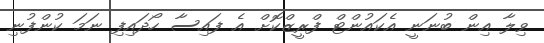
ވިލާ އިން ބުނަނީ އެކައުންޓް ފްރީޒްކޮށް އެ ފައިސާ ހޯދައިފި ނަމަ ކުންފުނި